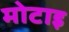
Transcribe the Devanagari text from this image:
मोटाइ